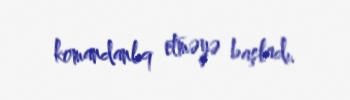
komandanlıq etməyə başladı.